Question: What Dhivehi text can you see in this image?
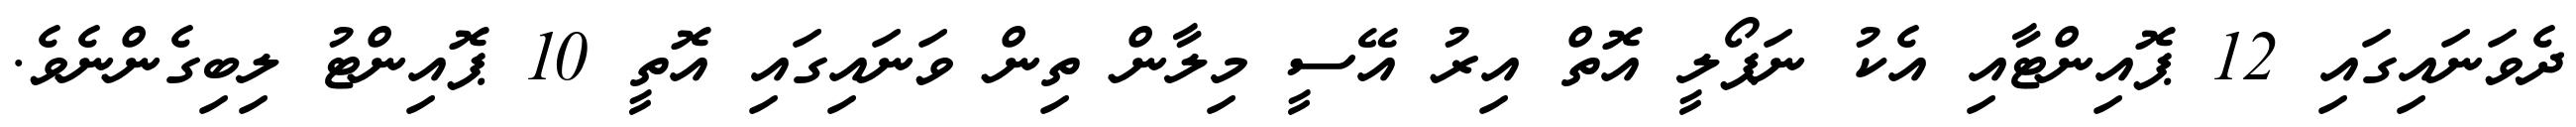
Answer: ދެވަނައިގައި 12 ޕޮއިންޓާއި އެކު ނަޕޯލީ އޮތް އިރު އޭސީ މިލާން ތިން ވަނައިގައި އޮތީ 10 ޕޮއިންޓު ލިބިގެންނެވެ.